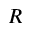
R